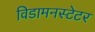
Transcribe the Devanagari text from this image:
विडामनस्टेटर